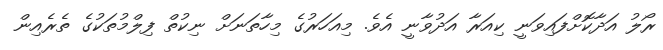
ރޯލު އަދާކޮށްފައިވަނީ ކިއަރާ އަދުވާނީ އެވެ. މިއަހަރުގެ މިހާތަނަށް ނިކުތް ފިލްމުތަކުގެ ތެރެއިން